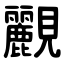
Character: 䚕